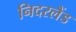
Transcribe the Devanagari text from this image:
निदरलैंड